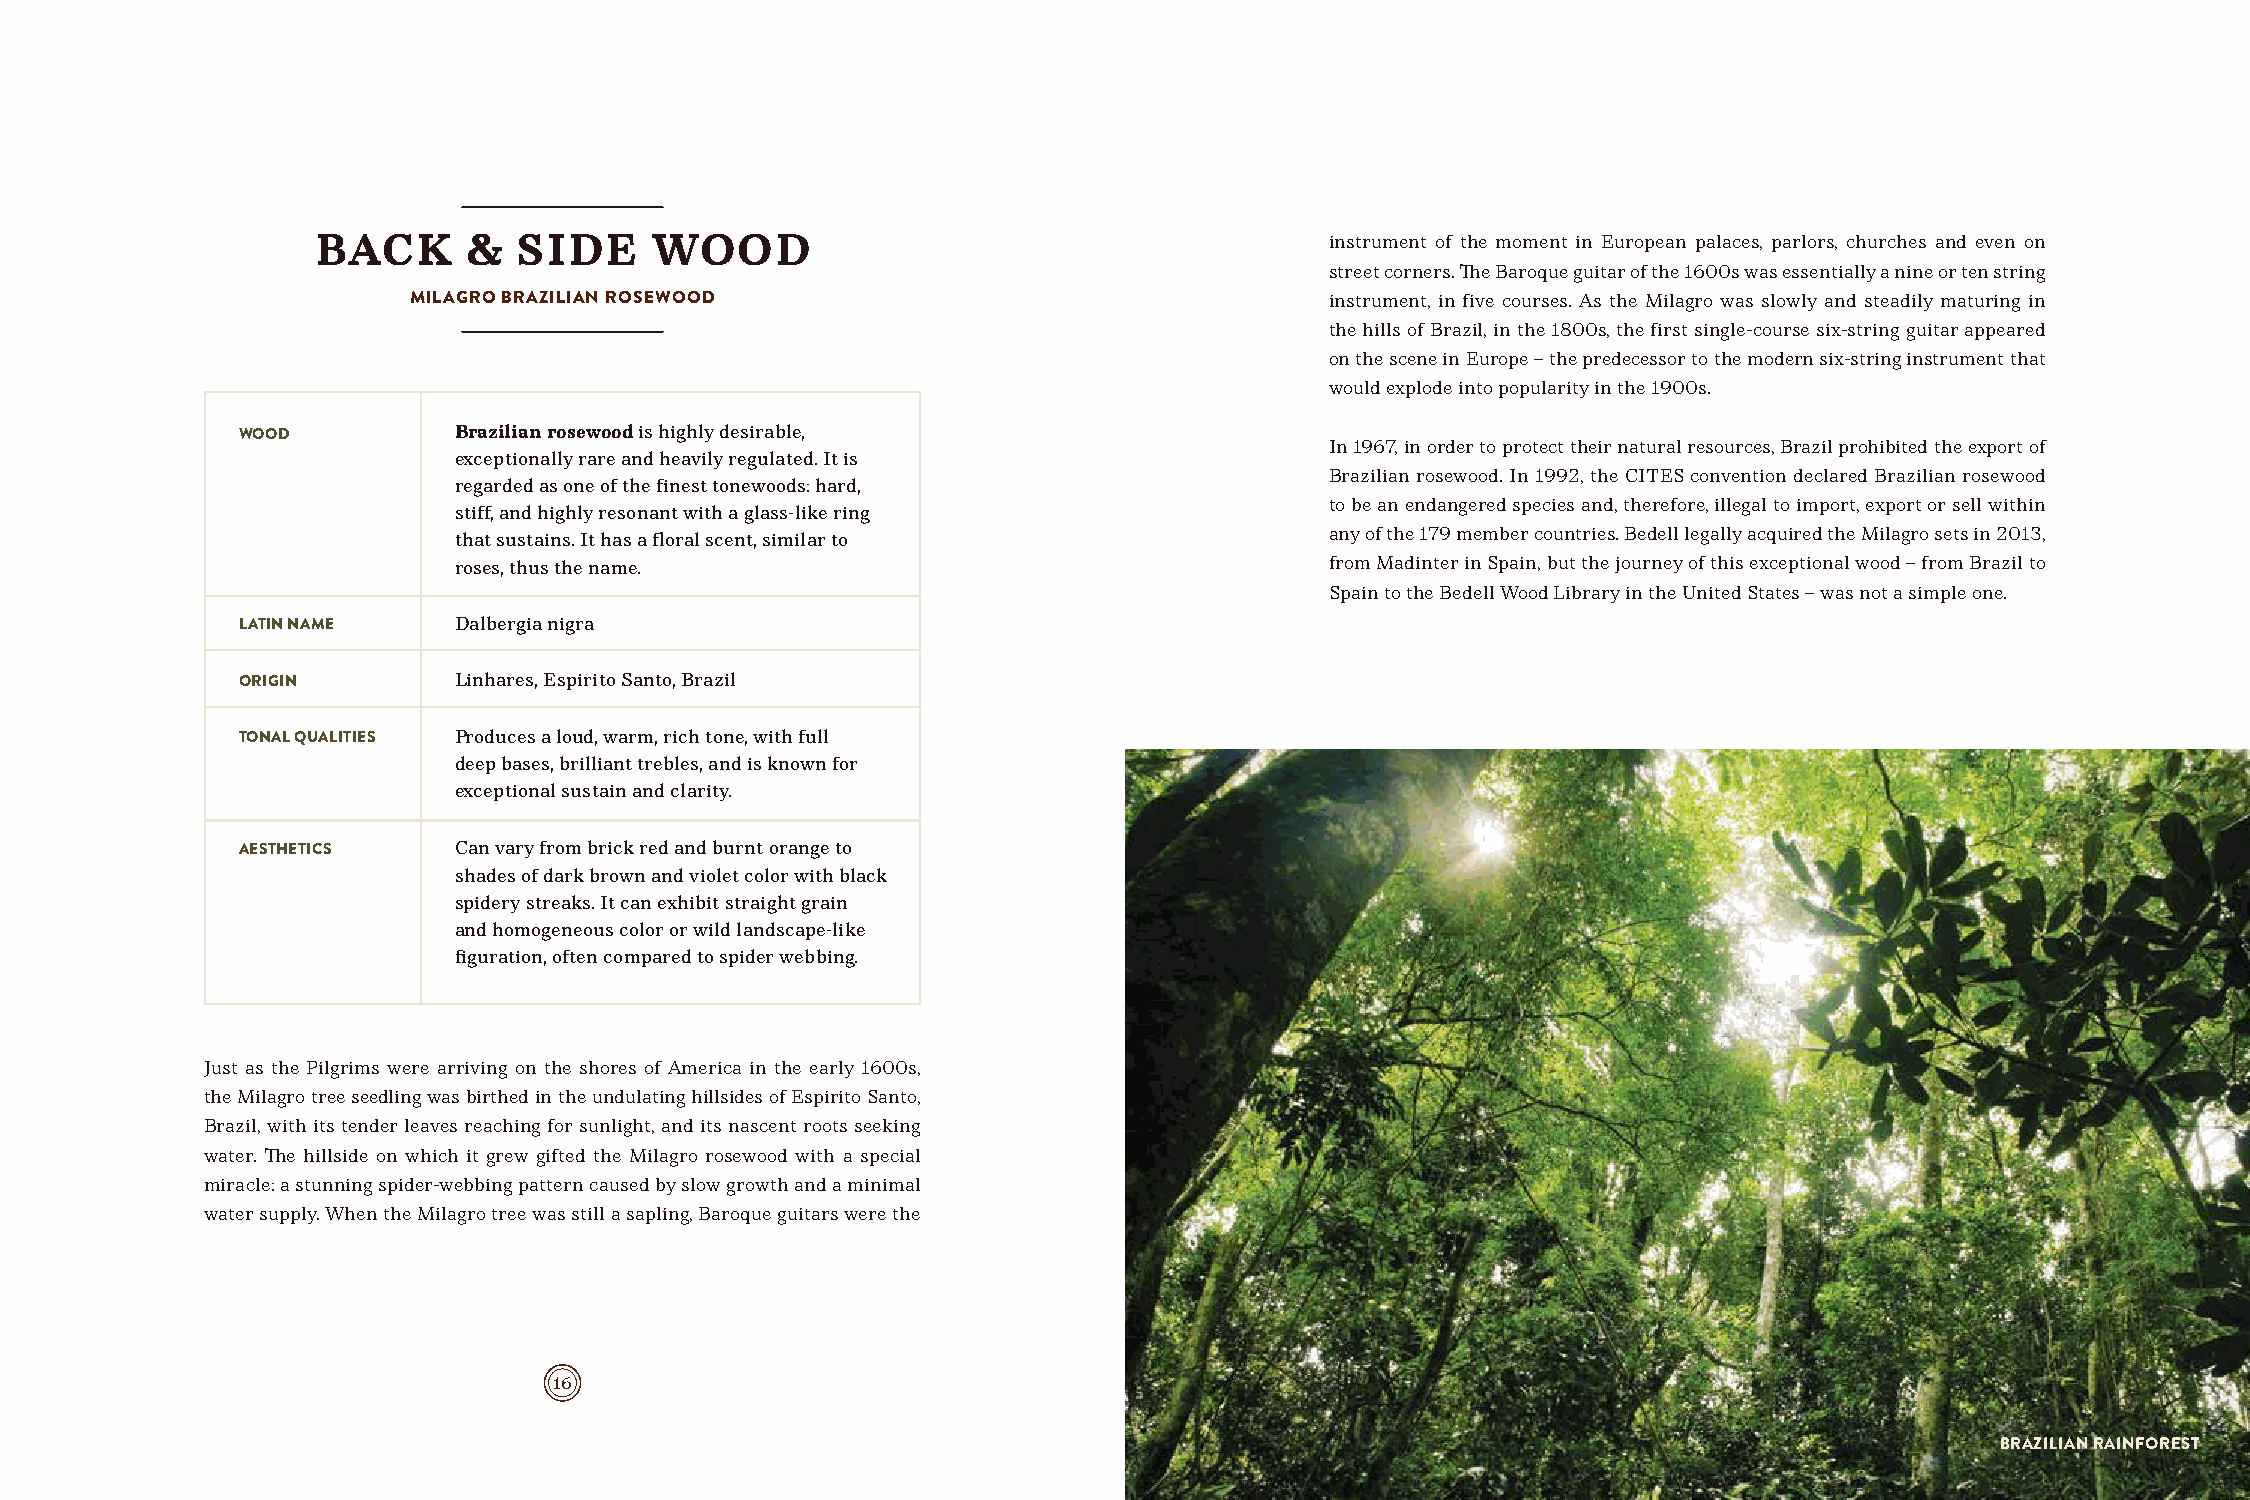
BACK      &  SIDE     WOOD                                         instrument of the moment in European palaces, parlors, churches and even on
 street corners. The Baroque guitar of the 1600s was essentially a nine or ten string
 MILAGRO BRAZILIAN ROSEWOOD                                   instrument, in five courses. As the Milagro was slowly and steadily maturing in
 the hills of Brazil, in the 1800s, the first single-course six-string guitar appeared
 on the scene in Europe – the predecessor to the modern six-string instrument that
 would explode into popularity in the 1900s.
 WOOD          Brazilian rosewood is highly desirable,
 In 1967, in order to protect their natural resources, Brazil prohibited the export of
 exceptionally rare and heavily regulated. It is
 Brazilian rosewood. In 1992, the CITES convention declared Brazilian rosewood
 regarded as one of the finest tonewoods: hard,
 to be an endangered species and, therefore, illegal to import, export or sell within
 stiff, and highly resonant with a glass-like ring
 any of the 179 member countries. Bedell legally acquired the Milagro sets in 2013,
 that sustains. It has a floral scent, similar to
 roses, thus the name.                                     from Madinter in Spain, but the journey of this exceptional wood – from Brazil to
 Spain to the Bedell Wood Library in the United States – was not a simple one.
 LATIN NAME    Dalbergia nigra
 ORIGIN        Linhares, Espirito Santo, Brazil
 TONAL QUALITIES Produces a loud, warm, rich tone, with full
 deep bases, brilliant trebles, and is known for
 exceptional sustain and clarity.
 AESTHETICS    Can vary from brick red and burnt orange to
 shades of dark brown and violet color with black
 spidery streaks. It can exhibit straight grain
 and homogeneous color or wild landscape-like
 figuration, often compared to spider webbing.
 Just as the Pilgrims were arriving on the shores of America in the early 1600s,
 the Milagro tree seedling was birthed in the undulating hillsides of Espirito Santo,
 Brazil, with its tender leaves reaching for sunlight, and its nascent roots seeking
 water. The hillside on which it grew gifted the Milagro rosewood with a special
 miracle: a stunning spider-webbing pattern caused by slow growth and a minimal
 water supply. When the Milagro tree was still a sapling, Baroque guitars were the
 16                                                                        17
 BRAZILIAN RAINFOREST